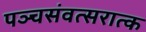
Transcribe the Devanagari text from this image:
पञ्चसंवत्सरात्क